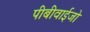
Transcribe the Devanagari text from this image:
पीबीवाईजो